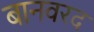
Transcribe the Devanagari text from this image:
बानवरद